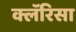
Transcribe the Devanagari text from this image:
क्लॅरिसा